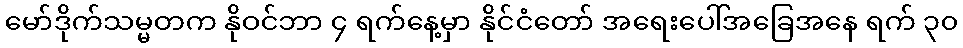
မော်ဒိုက်သမ္မတက နိုဝင်ဘာ ၄ ရက်နေ့မှာ နိုင်ငံတော် အရေးပေါ်အခြေအနေ ရက် ၃၀